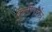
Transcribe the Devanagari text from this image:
कुलीनत्तंत्र